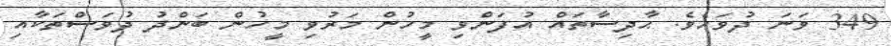
349 ވަނަ ދުވަހެވެ. ޙާދިސާތައް އުފަންވި މީހުން މަރުވި މީހުން ބަންދު ދުވަސްތަކާއި